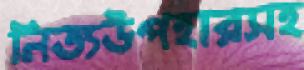
নিত্যউপহারসহ